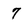
Character: 7